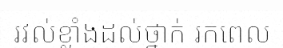
រវល់ខ្លាំងដល់ថ្នាក់ រកពេល